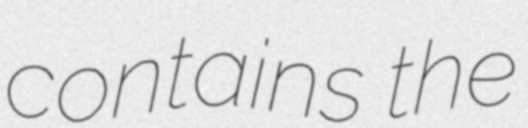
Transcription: contains the